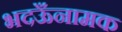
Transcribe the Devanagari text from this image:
भदऊँनामक